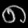
Digit: ၈